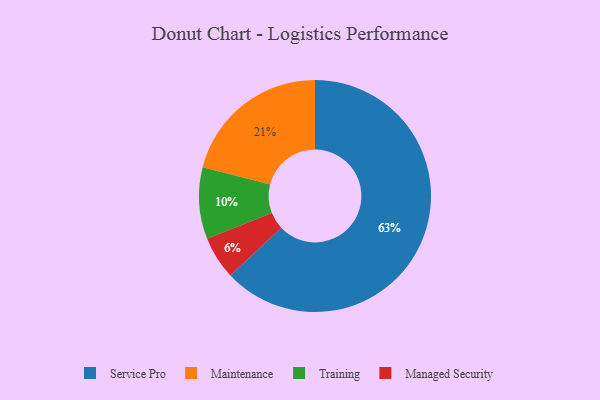
{"axis": {"x": "Category", "y": "Percentage"}, "legend": ["Maintenance", "Managed Security", "Service Pro", "Training"], "data": [{"x": "Maintenance", "y": 21, "type": "Maintenance"}, {"x": "Training", "y": 10, "type": "Training"}, {"x": "Managed Security", "y": 6, "type": "Managed Security"}, {"x": "Service Pro", "y": 63, "type": "Service Pro"}]}